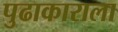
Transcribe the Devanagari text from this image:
पुढाकाराला